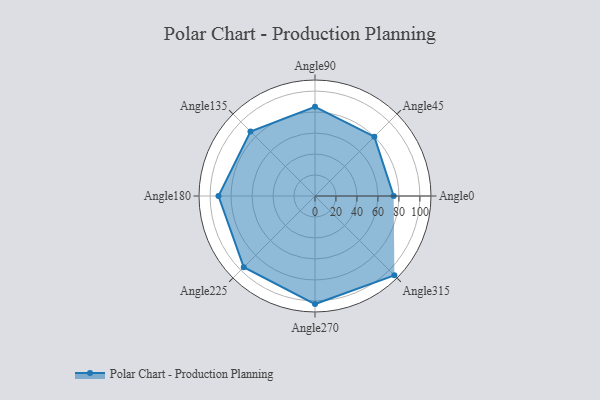
{"axis": {"x": "Angle", "y": "Radius"}, "legend": [""], "data": [{"x": "Angle0", "y": 75.0, "type": ""}, {"x": "Angle45", "y": 80.0, "type": ""}, {"x": "Angle90", "y": 85.0, "type": ""}, {"x": "Angle135", "y": 87.0, "type": ""}, {"x": "Angle180", "y": 92.0, "type": ""}, {"x": "Angle225", "y": 96.0, "type": ""}, {"x": "Angle270", "y": 103.0, "type": ""}, {"x": "Angle315", "y": 107.0, "type": ""}]}